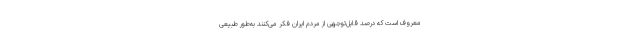
معروف است که درصد قابل‌توجهی از مردم ایران فکر می‌کنند به‌طور طبیعی